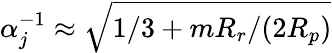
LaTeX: \alpha_{j}^{-1}\approx\sqrt{1/3+mR_{r}/(2R_{p})}